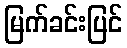
မြက်ခင်းပြင်